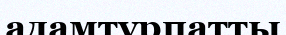
адамтұрпатты